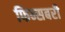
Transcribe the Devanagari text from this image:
फिन्सबरी